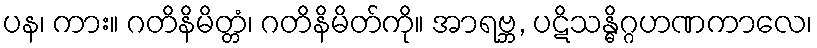
ပန၊ ကား။ ဂတိနိမိတ္တံ၊ ဂတိနိမိတ်ကို။ အာရဗ္ဘ, ပဋိသန္ဓိဂ္ဂဟဏကာလေ၊